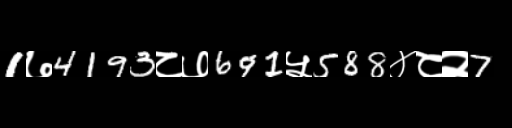
Text: 1७4193८७691५588४८२7